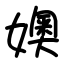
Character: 㜩